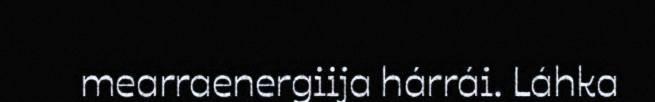
mearraenergiija hárrái. Láhka